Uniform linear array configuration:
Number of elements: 48
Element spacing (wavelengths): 0.75
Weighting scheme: blackman
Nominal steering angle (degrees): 0
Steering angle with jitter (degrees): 1.829
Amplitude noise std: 0.05
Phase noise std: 0.05

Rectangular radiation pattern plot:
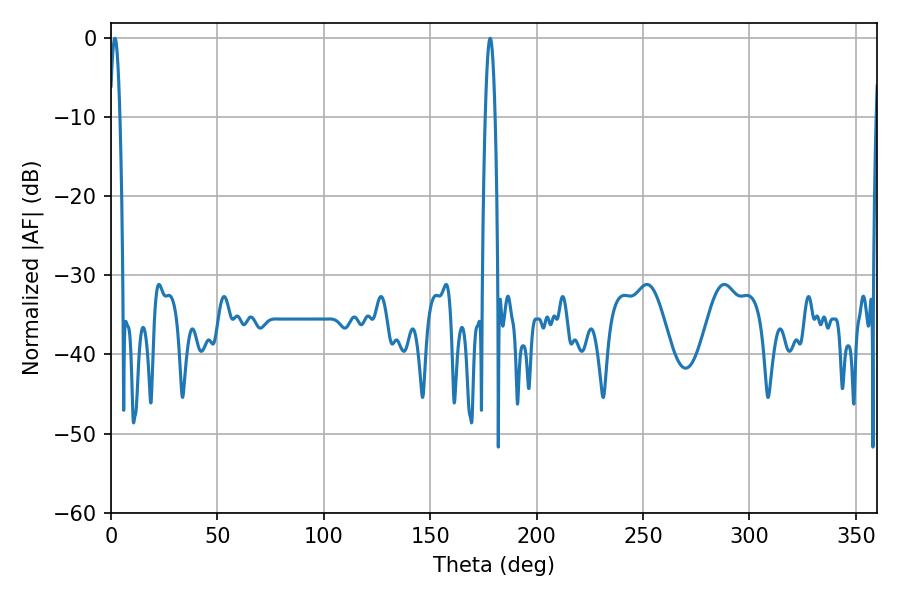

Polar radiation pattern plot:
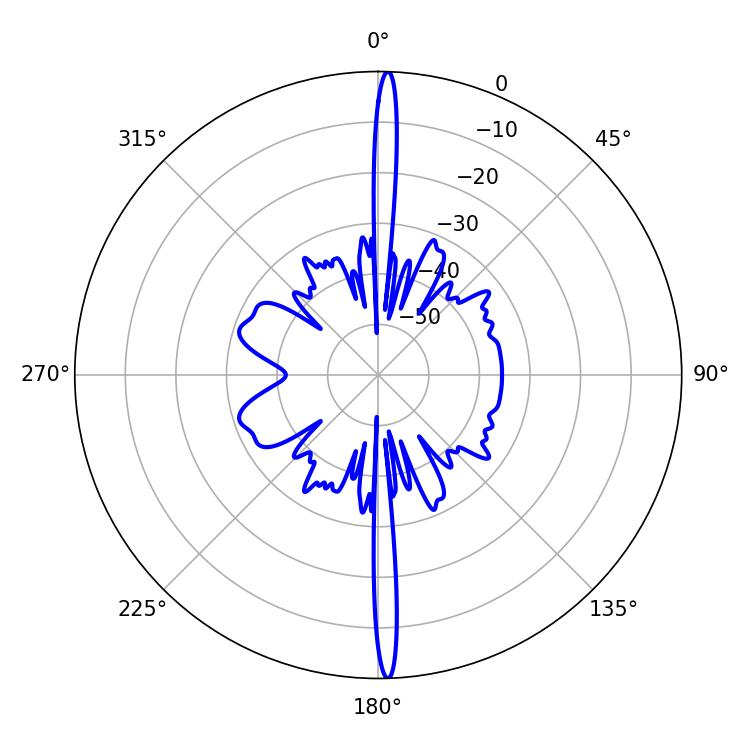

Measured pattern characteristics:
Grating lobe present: TRUE
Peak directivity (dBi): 28.247
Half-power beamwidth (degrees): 2.52
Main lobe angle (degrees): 1.8